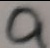
a